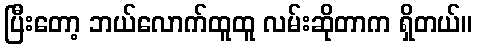
ပြီးတော့ ဘယ်လောက်ထူထူ လမ်းဆိုတာက ရှိတယ်။